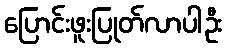
ပြောင်းဖူးပြုတ်လာပါဦး